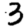
Digit: 3